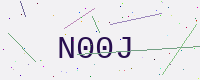
Text: N00J